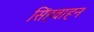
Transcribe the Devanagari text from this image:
सिंहवाहन